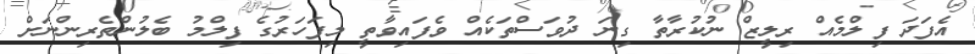
އެފަދަ ފިލްމެއް ރިލީޒް ނުކުރާތާ ގިނަ ދުވަސްތަކެއް ވެފައިވާތީ މިފަހަރުގެ ފިލްމު ބެލުންތެރިންނަށް